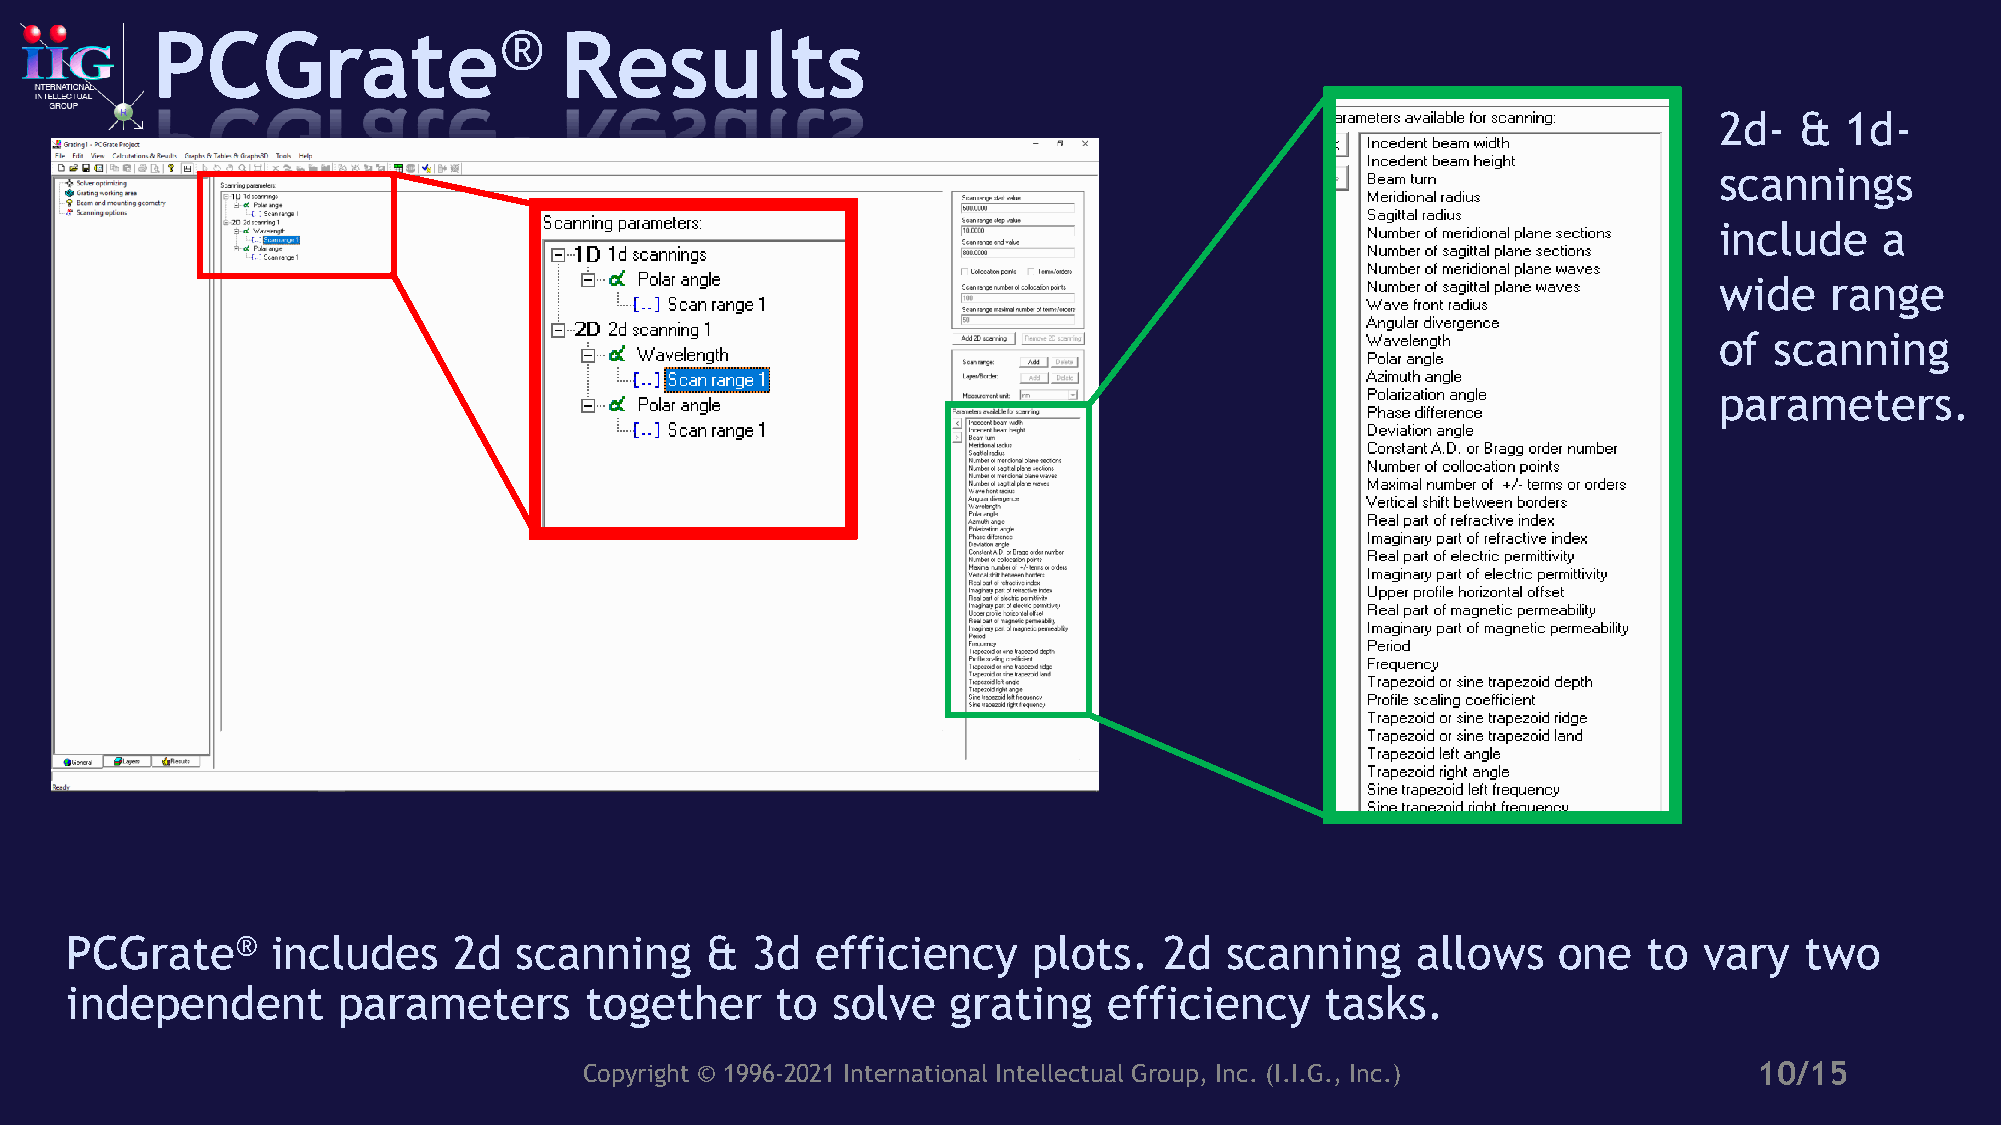
PCGrate®                   Results
 2d-  &  1d-
 scannings
 include    a
 wide   range
 of scanning
 parameters.
 PCGrate®      includes    2d  scanning     &  3d  efficiency    plots.   2d  scanning     allows   one   to  vary  two
 independent       parameters       together    to  solve   grating   efficiency     tasks.
 Copyright © 1996-2021 International Intellectual Group, Inc. (I.I.G., Inc.)  10/15